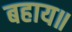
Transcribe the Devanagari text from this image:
बहाय॥